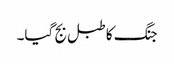
جنگ کا طبل بج گیا۔